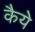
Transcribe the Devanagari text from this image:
कैये